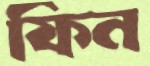
ফিন